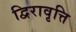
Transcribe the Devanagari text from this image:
द्विरावृत्ति